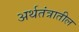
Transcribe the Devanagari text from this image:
अर्थतंत्रातील